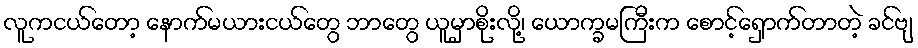
လူကငယ်တော့ နောက်မယားငယ်တွေ ဘာတွေ ယူမှာစိုးလို့၊ ယောက္ခမကြီးက စောင့်ရှောက်တာတဲ့ ခင်ဗျ